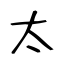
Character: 太